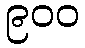
၉၀၀